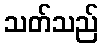
သတ်သည်